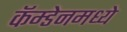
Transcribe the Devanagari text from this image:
कॅम्डेनमध्ये